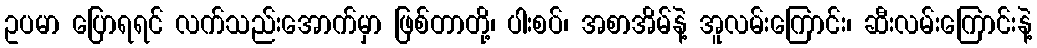
ဥပမာ ပြောရရင် လက်သည်းအောက်မှာ ဖြစ်တာတို့၊ ပါးစပ်၊ အစာအိမ်နဲ့ အူလမ်းကြောင်း၊ ဆီးလမ်းကြောင်းနဲ့